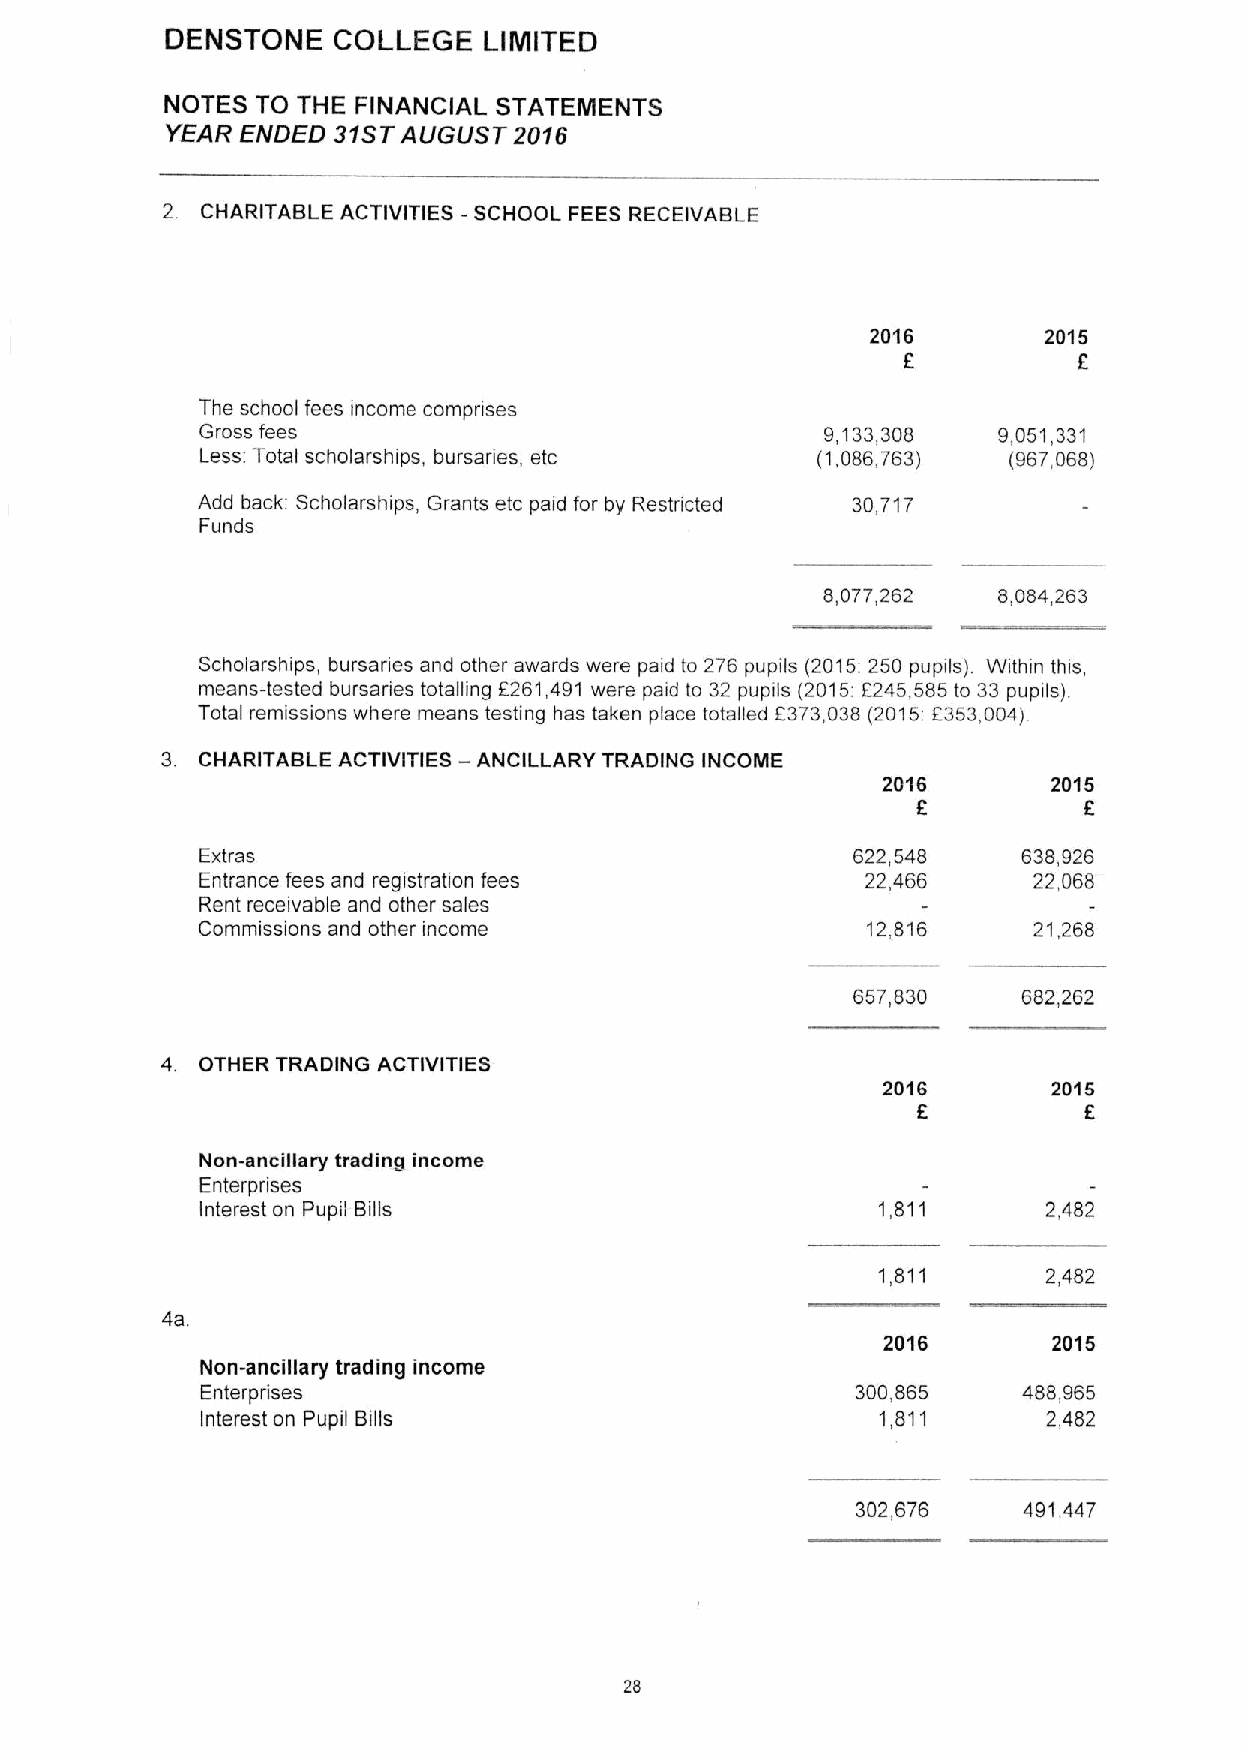
DENSTONE   COLLEGE   LIMITED
 NOTES TO THE FINANCIAL STATEMENTS
 YEAR ENDED 31STAUGUST  2016
 2. CHARITABLE ACTIVITIES -SCHOOL FEES RECEIVABLE
 2016       2015
 f
 The school fees income comprises
 Gross fees                                9,133,308  9,051,331
 Less. Total scholarships, bursaries, etc (1,086,763)  (967,068)
 Add back: Scholarships, Grants etc paid for by Restricted 30,717
 Funds
 8,077,262  8,084,263
 Scholarships, bursanes and other awards were paid to 276 pupils (2015:250 pupils) Within this,
 means-tested bursanes totalling f261,491 were paid to 32 pupils (2015:f245,585to 33 pupils)
 f          f
 Total remissions where means testing has taken place totalled 373,038(2015: 353,004)
 3. CHARITABLE ACTIVITIES — ANCILLARY TRADING INCOME
 2016        2015
 f          f
 Extras                                      622,548    638,926
 Entrance fees and registration fees         22,466     22,068
 Rent receivable and other sales
 Commissions and other income                12,816     21,268
 657,830    682,262
 4. OTHER TRADING ACTIVITIES
 2016        2015
 f          f
 Non-ancillary trading income
 Enterprises
 Interest on Pupil Bills                      1,811      2,482
 1,811      2,482
 4a.
 2016        2015
 Non-ancillary trading income
 Enterprises                                 300,865    488,965
 Interest on Pupil Bills                      1,811      2,482
 302,676    491,447
 28